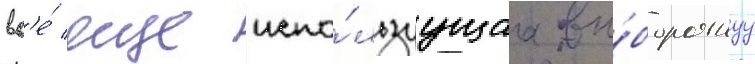
вс'е́ еще испо́льзуущаа вы́борочнуу